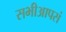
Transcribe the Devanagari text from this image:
सभीआपसं